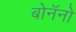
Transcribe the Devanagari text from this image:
बोनॅनो